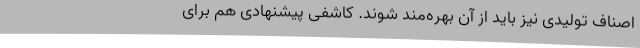
اصناف تولیدی نیز باید از آن بهره‌مند شوند. کاشفی پیشنهادی هم برای